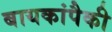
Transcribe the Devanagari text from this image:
बायकांपैकी